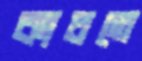
কাচতে